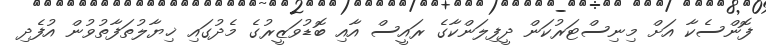
ފޮންސެކާ އަށް މިނިސްޓަރުކަން ދީފިލަންކާގެ ރައީސް އާއި ބޮޑުވަޒީރުގެ މެދުގައި ޚިޔާލުތަފާތުވުން އުފެދި